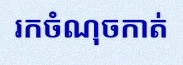
រកចំណុចកាត់